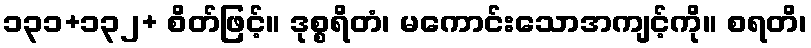
၁၃၁+၁၃၂+ စိတ်ဖြင့်။ ဒုစ္စရိတံ၊ မကောင်းသောအကျင့်ကို။ စရတိ၊